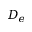
D _ { e }